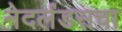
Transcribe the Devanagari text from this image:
नेदर्लंडसचा